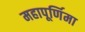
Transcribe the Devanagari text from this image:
महापूर्णिमा